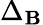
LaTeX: \Delta_{\mathbf{B}}